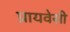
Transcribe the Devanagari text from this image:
प्रायवेसी